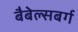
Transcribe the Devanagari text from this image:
बैबेल्सबर्ग